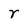
Character: r